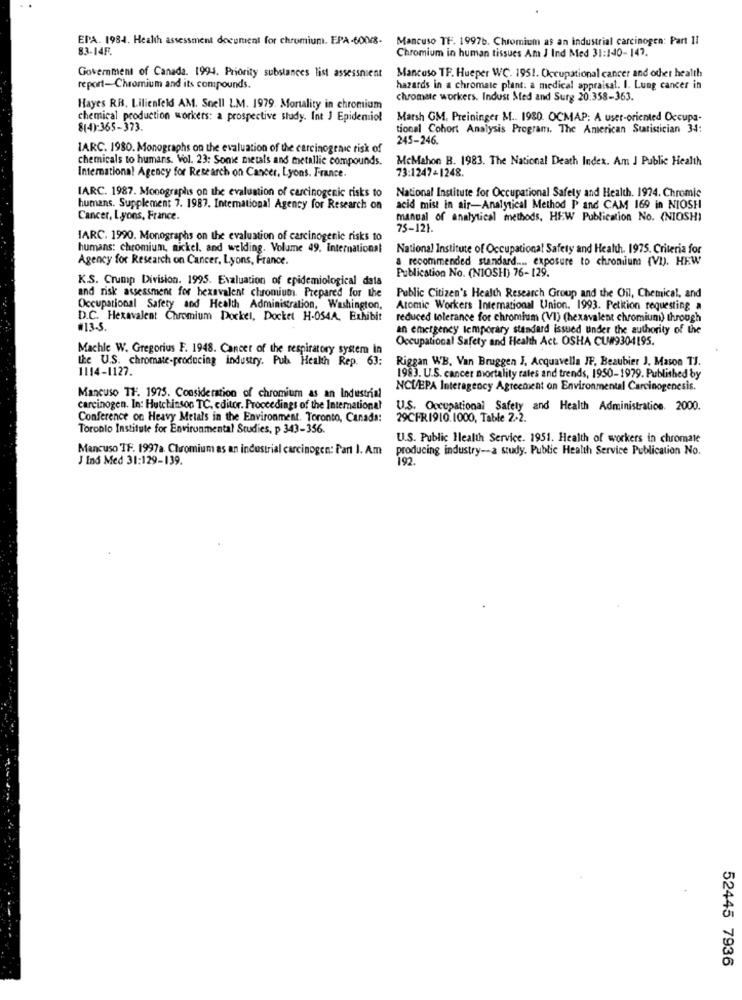
EPA. 1984. Health assessment document for chromium. EPA-6008- Mancuso TF. 1997b. Chromium as an industrial carcinogen: Part II
83-14F.
Chromium in human tissues Am J Ind Med 31:140-147.
Government of Canada. 1994. Priority substances list assessment
Mancuso TF. Hueper WC. 1951. Occupational cancer and other health
report-Chromium and its compounds.
hazards in a chromate plant. a medical appraisal. I. Lung cancer in
chromate workers. Indust Med and Surg 20:358-363.
Hayes RB. Lilienfeld AM. Snell L.M. 1979. Mortality in chromium
chemical production workers: a prospective study. Int J Epidemiol
Marsh GM. Preininger M ... 1980. OCMAP: A user-oriented Occupa-
8(4)-365-373.
tional Cohort Analysis Program. The American Statistician 34:
245-246.
IARC. 1980. Monographs on the evaluation of the carcinogenic risk of
chemicals to humans. Vol. 23: Sonie metals and metallic compounds.
McMahon B. 1983. The National Death Index. Am J Public Health
International Agency for Research on Cancer, Lyons. France.
73:1247-1248.
IARC. 1987. Monographs on the evaluation of carcinogenic risks to
National Institute for Occupational Safety and Health. 1974. Chromic
humans. Supplement 7. 1987. International Agency for Research on
acid mist in air-Analytical Method P and CAM 169 in NIOSH
Cancer, Lyons, France.
manual of analytical methods, HEW Publication No. (NIOSH)
75-121.
IARC. 1990. Monographs on the evaluation of carcinogenic risks to
humans: chromium, nickel, and welding. Volume 49. International
National Institute of Occupational Safety and Health. 1975. Criteria for
Agency for Research on Cancer, Lyons, France.
a recommended standard .... exposure to chromium (VI). HEW
Publication No. (NIOSH) 76-129.
K.S. Crump Division. 1995. Evaluation of epidemiological data
and risk assessment for hexavalent chromium. Prepared for the
Public Citizen's Health Research Group and the Oil, Chemical, and
Occupational Safety and Health Administration, Washington,
Atomic Workers International Union. 1993. Petition requesting a
D.C. Hexavalent Chromium Dockel, Docket H-054A, Exhibit
reduced tolerance for chromium (VI) (hexavalent chromium) through
#13-5.
an emergency temporary standard issued under the authority of the
Occupational Safety and Health Act. OSHA CU#9304195.
Machle W. Gregorius F. 1948. Cancer of the respiratory system In
the U.S. chromate-producing industry. Pub Health Rep. 63:
Riggan WB. Van Bruggen J, Acquavella JF, Bezubier J. Mason TJ.
1114-1127.
1983. U.S. cancer mortality rates and trends, 1950-1979. Published by
NCL/EPA Interagency Agreement on Environmental Carcinogenesis.
Mancuso TH. 1975. Consideration of chromium as an Industrial
carcinogen. In: Hutchinson TC. editor. Proceedings of the International
U.S. Occupational Safety and Health Administration. 2000.
Conference on Heavy Metals in the Environment. Toronto, Canada:
29CFR1910. 1000, Table 2-2.
Toronto Institute for Environmental Studies, p 343-356
U.S. Public Health Service. 1951. Health of workers in chromate
Mancuso TF. 1997a. Chromium as an industrial carcinogen: Part I. Am
producing industry -- a study. Public Health Service Publication No.
J Ind Med 31:129-139.
192.
52445 7936